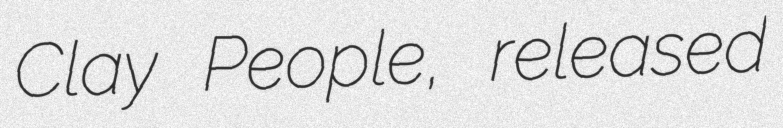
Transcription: Clay People, released